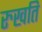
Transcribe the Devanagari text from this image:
रुखति